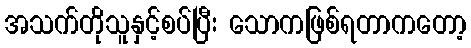
အသက်တိုသူနှင့်စပ်ပြီး သောကဖြစ်ရတာကတော့